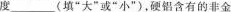
度___(填”大”或”小”)，硬铝含有的非金